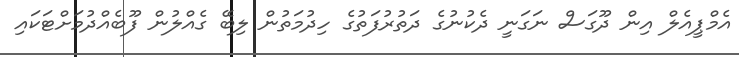
އެމްޕީއެލް އިން ދޫގަސް ނަގަނީ ދެކުނުގެ ދަތުރުފަތުގެ ހިދުމަތުން ލިބޭ ގެއްލުން ފޫބެއްދުމަށްޓަކައި